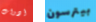
أدوات بيترسون